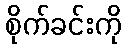
စိုက်ခင်းကို